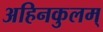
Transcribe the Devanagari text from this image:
अहिनकुलम्